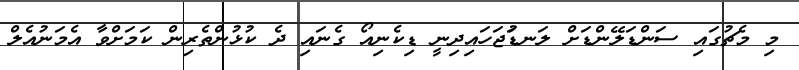
މި މެޗުގައި ސަންޑަލޭންޑަށް ލަނޑުަޖަހައިދިނީ ޑިކެނިއޯ ގެނައި ދެ ކުޅުންތެރިން ކަމަށްވާ އެމަނުއެލް